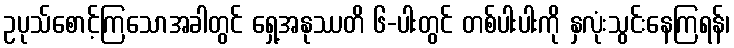
ဥပုသ်စောင့်ကြသောအခါတွင် ရှေ့အနုဿတိ ၆-ပါးတွင် တစ်ပါးပါးကို နှလုံးသွင်းနေကြရန်၊